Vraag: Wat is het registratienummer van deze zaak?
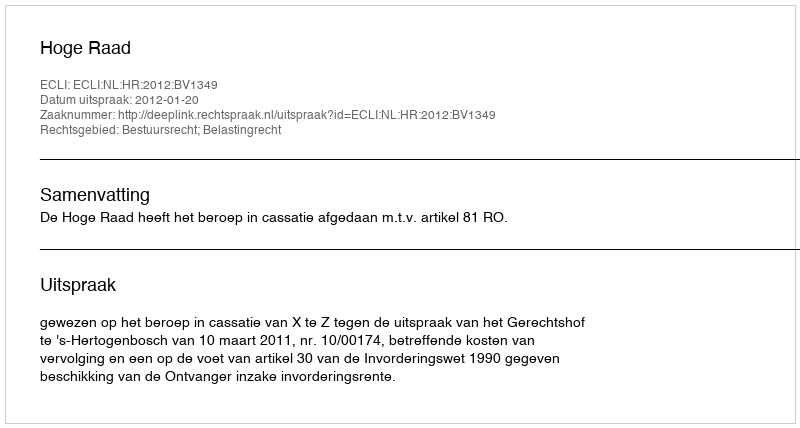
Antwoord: http://deeplink.rechtspraak.nl/uitspraak?id=ECLI:NL:HR:2012:BV1349